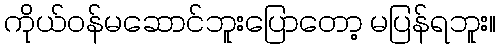
ကိုယ်ဝန်မဆောင်ဘူးပြောတော့ မပြန်ရဘူး။